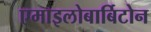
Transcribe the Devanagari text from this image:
एमाइलोबार्बिटोन